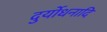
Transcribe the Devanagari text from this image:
दुर्योधनादि